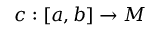
c : [ a , b ] \to M